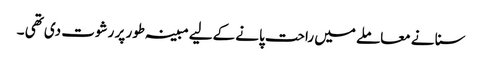
سنا نے معاملے میں راحت پانے کےلیے مبینہ طور پر رشوت دی تھی ۔